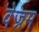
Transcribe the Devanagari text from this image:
वेज्रम